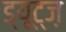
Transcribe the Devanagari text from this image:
ड्यूट्ज़